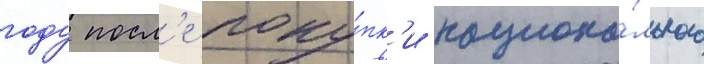
году посл'е поку́пк'и национа́льного